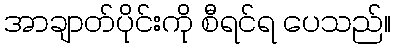
အာချာတ်ပိုင်းကို စီရင်ရ ပေသည်။